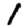
Digit: 1